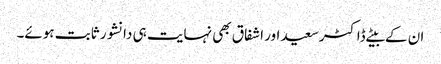
ان کے بیٹے ڈاکٹرسعید اور اشفاق بھی نہایت ہی دانشور ثابت ہوئے۔